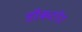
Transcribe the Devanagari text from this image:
डॉकटरेट